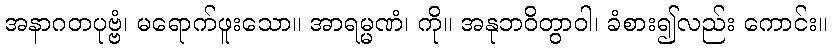
အနာဂတပုဗ္ဗံ၊ မရောက်ဖူးသော။ အာရမ္မဏံ၊ ကို။ အနုဘဝိတွာဝါ၊ ခံစား၍လည်း ကောင်း။